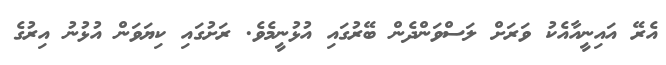
އެރޭ އައިނީއާއެކު ވަރަށް ލަސްވަންދެން ބޭރުގައި އުޅުނީމެވެ. ރަށުގައި ކިޔަވަން އުޅުނު އިރުގެ